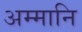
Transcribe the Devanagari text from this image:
अम्मानि